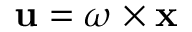
\mathbf { u } = { \boldsymbol { \omega } } \times \mathbf { x }